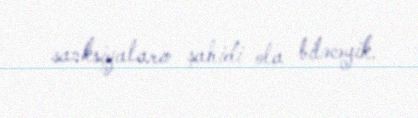
sanksiyaların şahidi ola biləcəyik.